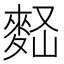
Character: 𪌠